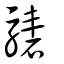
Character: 騞